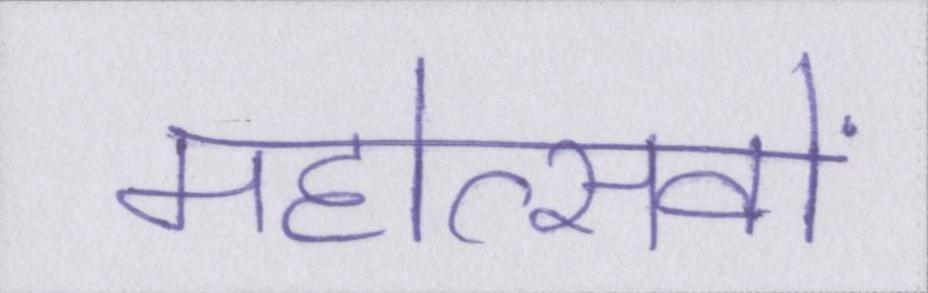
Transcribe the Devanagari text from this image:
महोत्सवों